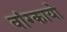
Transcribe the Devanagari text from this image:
वांग्कायो